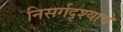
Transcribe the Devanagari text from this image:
निसर्गदृश्याचे